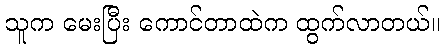
သူက မေးပြီး ကောင်တာထဲက ထွက်လာတယ်။